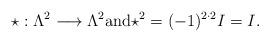
LaTeX: \begin{align*}\star:\Lambda^2\longrightarrow\Lambda^2\mbox{and} \star^2=(-1)^{2\cdot2}I=I.\end{align*}